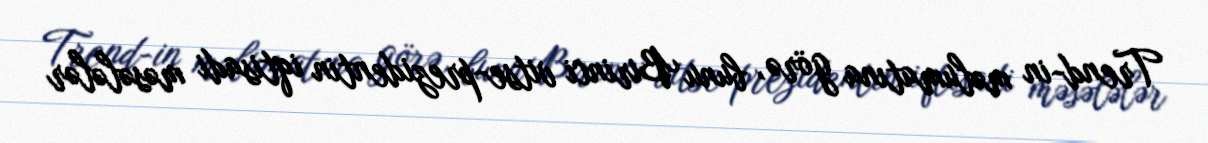
Trend-in məlumatına görə, bunu Birinci vitse-prezidentin iqtisadi məsələlər